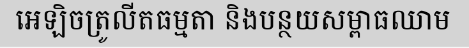
អេឡិចត្រូលីតធម្មតា និងបន្ថយសម្ពាធឈាម